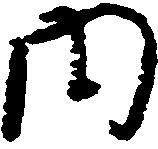
内